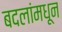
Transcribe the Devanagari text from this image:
बदलांमधून